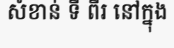
សំខាន់ ទី ពីរ នៅក្នុង